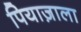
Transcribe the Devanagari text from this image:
पियाज़ाला